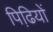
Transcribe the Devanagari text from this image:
पिढि़यों